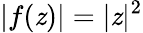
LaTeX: |f(\mathit{z})|=|\mathit{z}|^{2}